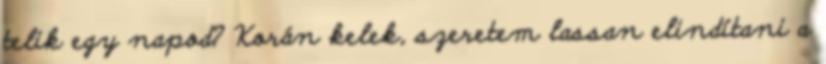
telik egy napod? Korán kelek, szeretem lassan elindítani a